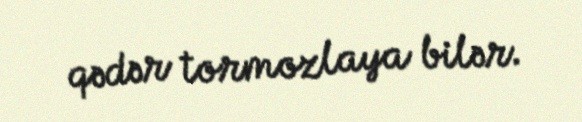
qədər tormozlaya bilər.